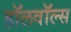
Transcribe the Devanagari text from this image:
हॉलवॉल्स